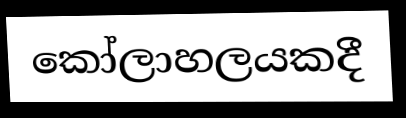
කෝලාහලයකදී